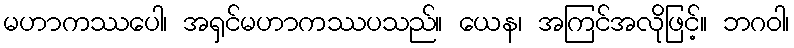
မဟာကဿပေါ၊ အရှင်မဟာကဿပသည်။ ယေန၊ အကြင်အလိုဖြင့်။ ဘဂဝါ၊